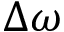
\Delta \omega